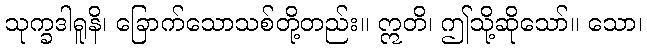
သုက္ခဒါရူနိ၊ ခြောက်သောသစ်တို့တည်း။ ဣတိ၊ ဤသို့ဆိုသော်။ သော၊